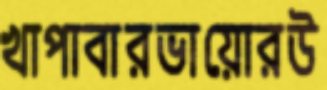
খাপাবারভায়োরউ